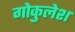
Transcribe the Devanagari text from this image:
गोकुलेश